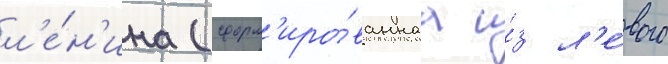
л'е́н'ина (сформ'иро́ваннаа и́з л'е́вого